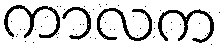
ကာလက